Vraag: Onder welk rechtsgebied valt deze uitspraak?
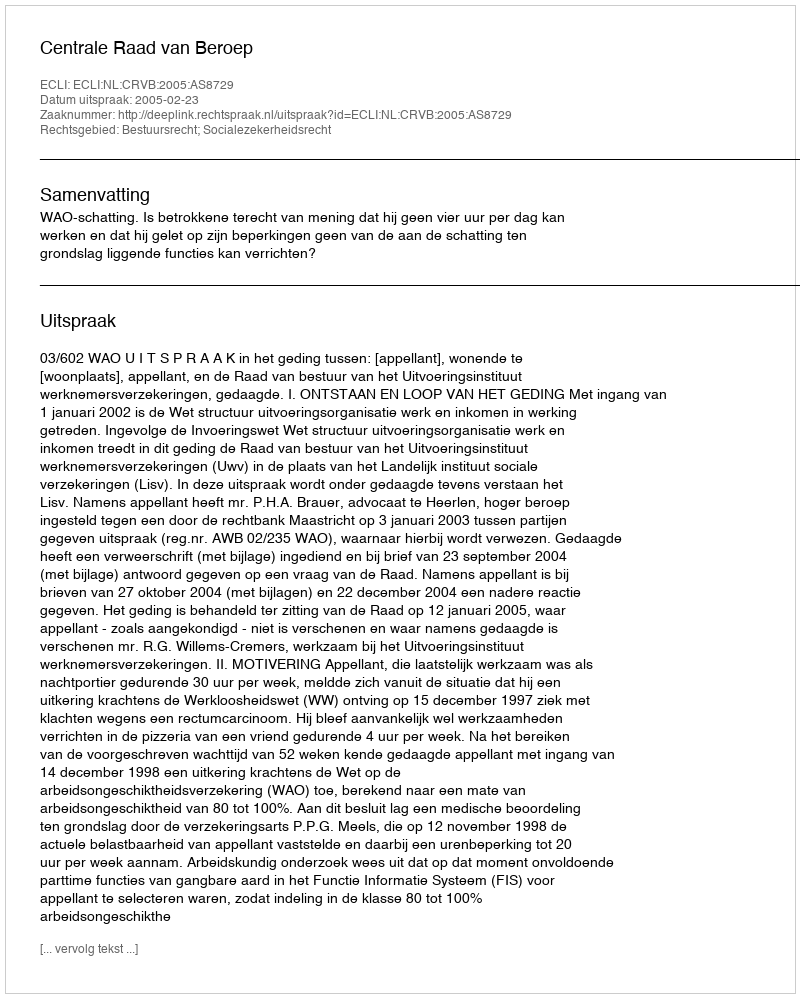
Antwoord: Bestuursrecht; Socialezekerheidsrecht